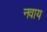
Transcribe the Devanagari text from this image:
नवाय